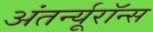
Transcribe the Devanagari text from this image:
अंतर्न्यूरॉन्स